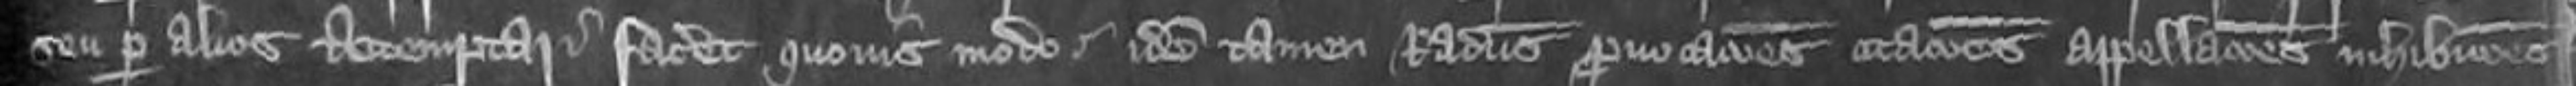
seu per alios attemptari faceret quovismodo idem tamen Radulphus provocationes citationes appellationes inhibitiones